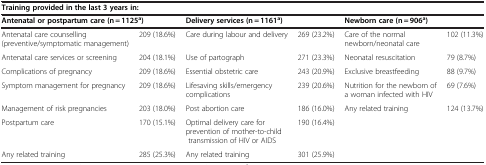
| <COLSPAN=6> Training provided in the last 3 years in: |
 | --- | --- | --- | --- | --- | --- |
 | <COLSPAN=2> Antenatal or postpartum care (n = 1125a) | <COLSPAN=2> Delivery services (n = 1161a) | <COLSPAN=2> Newborn care (n = 906a) |
 | Antenatal care counselling (preventive/symptomatic management) | 209 (18.6%) | Care during labour and delivery | 269 (23.2%) | Care of the normal newborn/neonatal care | 102 (11.3%) |
 | Antenatal care services or screening | 204 (18.1%) | Use of partograph | 271 (23.3%) | Neonatal resuscitation | 79 (8.7%) |
 | Complications of pregnancy | 209 (18.6%) | Essential obstetric care | 243 (20.9%) | Exclusive breastfeeding | 88 (9.7%) |
 | Symptom management for pregnancy | 209 (18.6%) | Lifesaving skills/emergency complications | 239 (20.6%) | Nutrition for the newborn of a woman infected with HIV | 69 (7.6%) |
 | Management of risk pregnancies | 203 (18.0%) | Post abortion care | 186 (16.0%) | Any related training | 124 (13.7%) |
 | Postpartum care | 170 (15.1%) | Optimal delivery care for prevention of mother-to-child transmission of HIV or AIDS | 190 (16.4%) |  |  |
 | Any related training | 285 (25.3%) | Any related training | 301 (25.9%) |  |  |